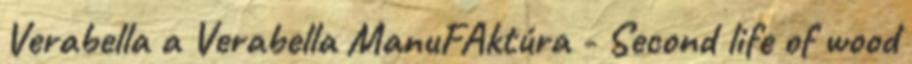
Verabella a Verabella ManuFAktúra - Second life of wood